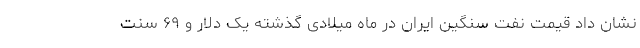
نشان داد قیمت نفت سنگین ایران در ماه میلادی گذشته یک دلار و ۶۹ سنت